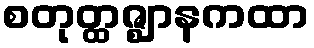
စတုတ္ထဇ္ဈာနကထာ